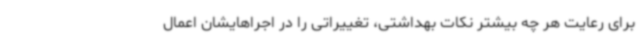
برای رعایت هر چه بیشتر نکات بهداشتی، تغییراتی را در اجراهایشان اعمال